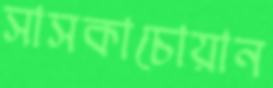
সাসকাচোয়ান